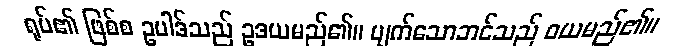
ရုပ်၏ ဖြစ်စ ဥပါဒ်သည် ဥဒယမည်၏။ ပျက်သောဘင်သည် ဝယမည်၏။